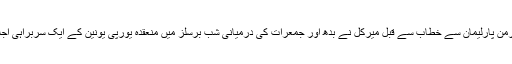
دارالحکومت برلن ميں جرمن پارليمان سے خطاب سے قبل ميرکل نے بدھ اور جمعرات کی درميانی شب برسلز ميں منعقدہ يورپی يونين کے ايک سربراہی اجلاس ميں بھی شرکت کی۔